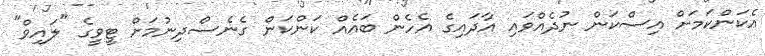
އެކަންކަމަށް އިސްކަން ނުދެއްވައި އާދައިގެ އެހެން ބައެއް ކަންކަން ގެނެސްދިނުމަށް ޓީވީގެ "ލައިވް"